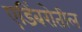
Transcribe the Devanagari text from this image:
एडिंबरोतील